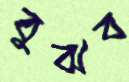
বুঝব